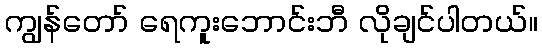
ကျွန်တော် ရေကူးဘောင်းဘီ လိုချင်ပါတယ်။